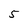
Character: 5